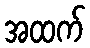
အထက်